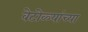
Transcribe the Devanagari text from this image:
वेटोळ्यांच्या